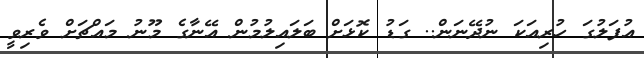
އުފަލުގަ ހުރިއަކަ ނުދޭނަން.. ގަޑު ކޮޅަށް ބަލައިލުމުން އޭނާގެ މޫނު މައްޗަށް ވެރިވީ